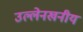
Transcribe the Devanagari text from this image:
उल्लेनखनीय